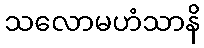
သလောမဟံသာနိ